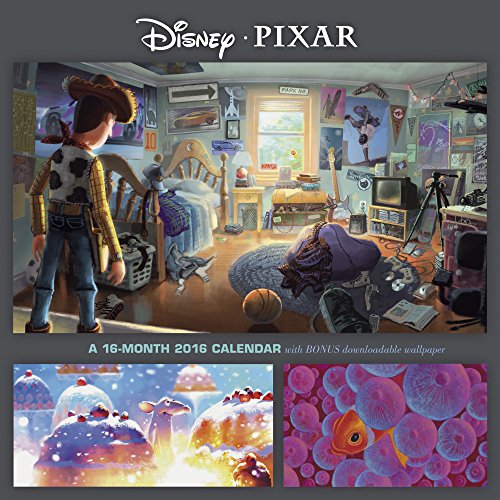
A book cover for Disney PIXAR Wall Calendar (2016); Day Dream; Calendars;